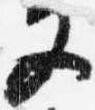
又